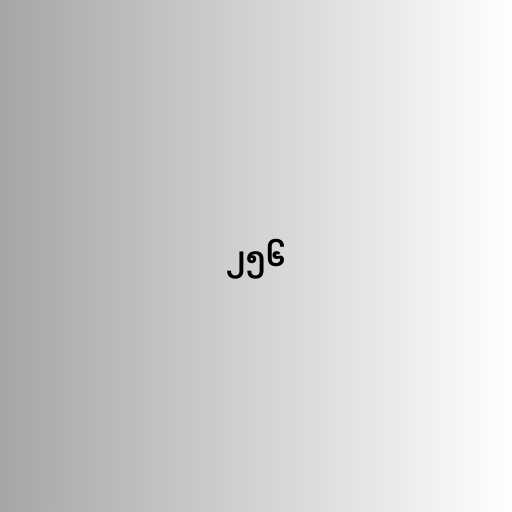
၂၅၆